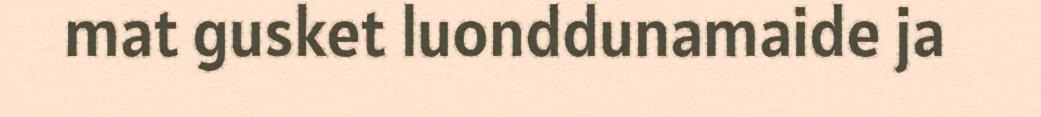
mat gusket luonddunamaide ja